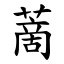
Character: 蔐